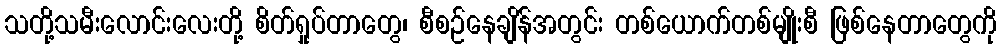
သတို့သမီးလောင်းလေးတို့ စိတ်ရှုပ်တာတွေ၊ စီစဉ်နေချိန်အတွင်း တစ်ယောက်တစ်မျိုးစီ ဖြစ်နေတာတွေကို